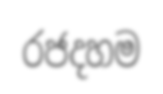
රජදහම